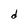
Character: d